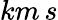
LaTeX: km\, s